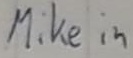
Text: Mike in